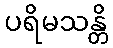
ပရိမသန္တိ